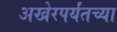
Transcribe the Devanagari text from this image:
अखेरपर्यंतच्या